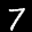
Label: 7